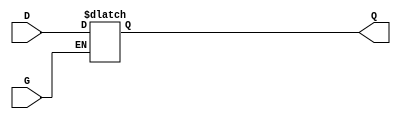
module level_sensitive_gated_latch (
    input wire D,     // Data Input
    input wire G,     // Gate Control
    output reg Q      // Data Output
);

// Always block triggered by changes in D or G
always @(*) begin
    if (G) begin
        Q = D;  // When G is active, capture the input D
    end
    // When G is inactive, Q retains its value (hold mode)
end

endmodule